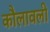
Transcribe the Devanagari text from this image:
कौलावली